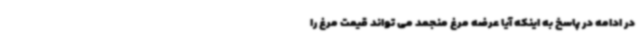
در ادامه در پاسخ به اینکه آیا عرضه مرغ منجمد می تواند قیمت مرغ را